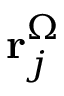
\mathbf { r } _ { j } ^ { \Omega }